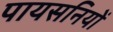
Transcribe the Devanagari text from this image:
पायसनियों